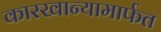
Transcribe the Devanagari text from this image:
कारखान्यामार्फत